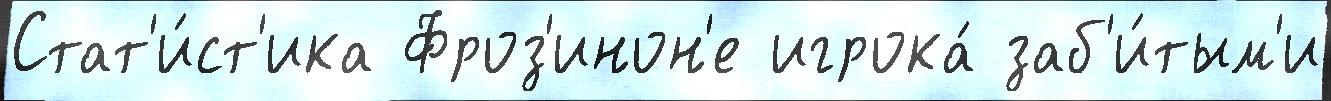
Стат'и́ст'ика Фроз'инон'е игрока́ заб'и́тым'и